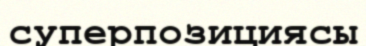
суперпозициясы